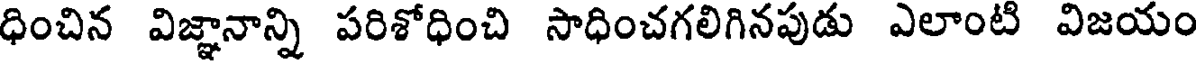
ధించిన విజ్ఞానాన్ని పరిశోధించి సాధించగలిగినపుడు ఎలాంటి విజయం